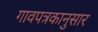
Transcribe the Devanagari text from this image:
गावपत्रकानुसार